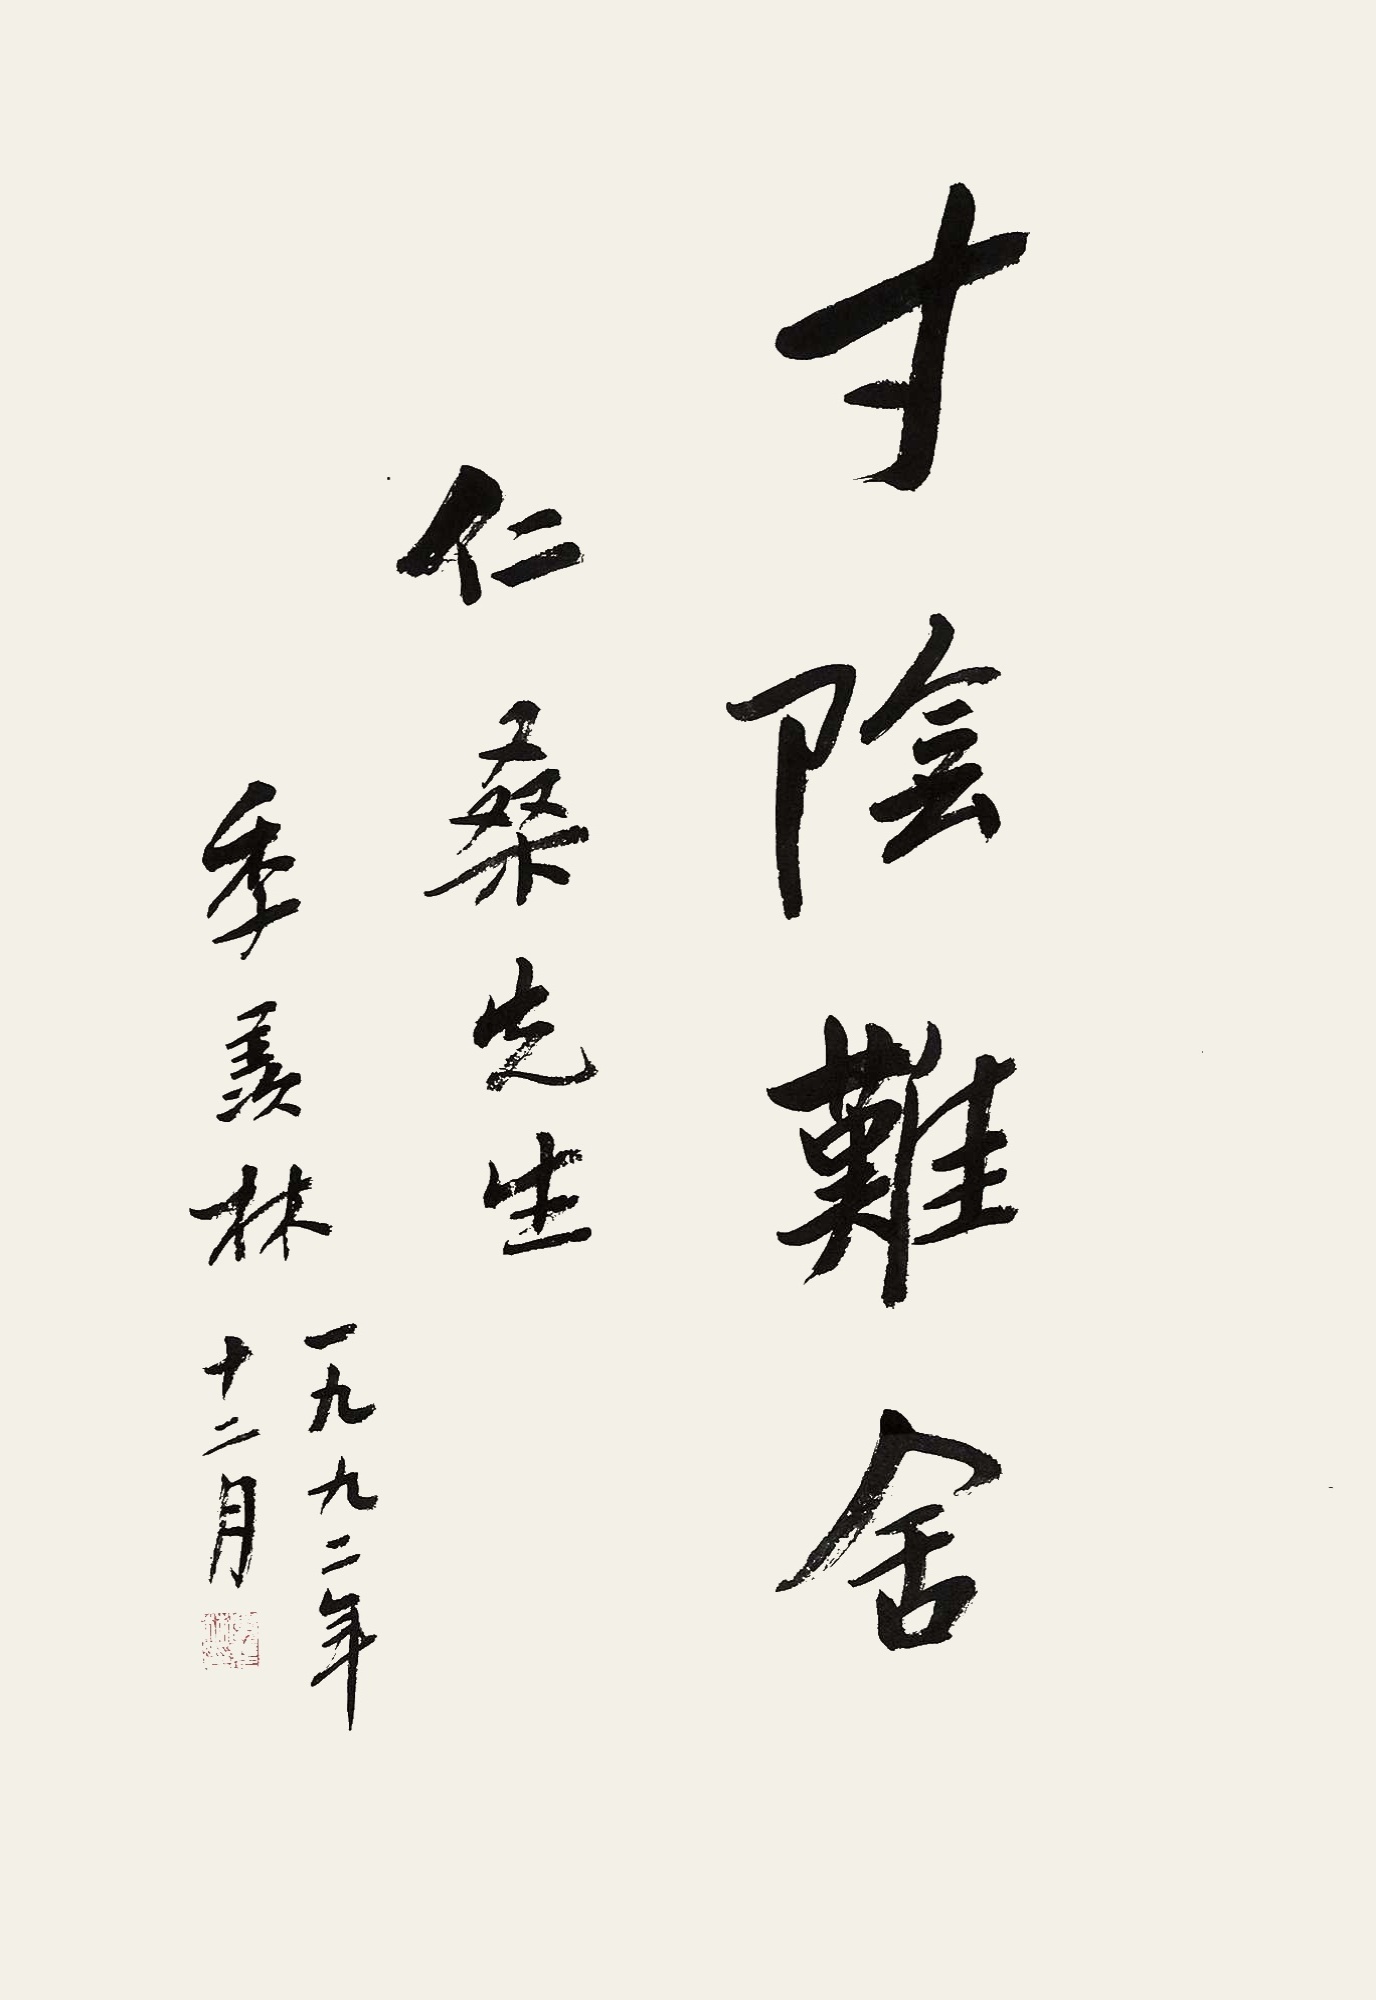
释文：仁桑先生，季羡林一九九二年十二月。季羡林印